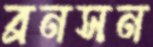
ব্রনসন